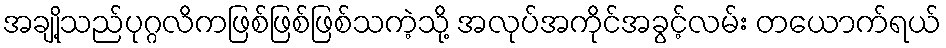
အချို့သည်ပုဂ္ဂလိကဖြစ်ဖြစ်ဖြစ်သကဲ့သို့ အလုပ်အကိုင်အခွင့်လမ်း တယောက်ရယ်